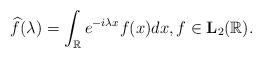
LaTeX: \begin{align*}\widehat{f}(\lambda)=\int_{\mathbb R}e^{-i\lambda x}f(x)dx,f\in\mathbf L_2(\mathbb R).\end{align*}